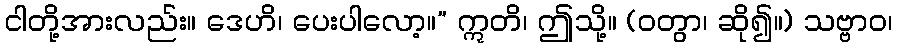
ငါတို့အားလည်း။ ဒေဟိ၊ ပေးပါလော့။” ဣတိ၊ ဤသို့။ (ဝတွာ၊ ဆို၍။) သဗ္ဗာဝ၊